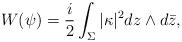
\begin{align*}W(\psi)= \frac{i}{2}\int_{\Sigma} | \kappa|^2 dz \wedge d\bar{z},\end{align*}